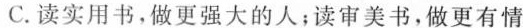
C.读实用书，做更强大的人；读审美书，做更有情